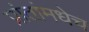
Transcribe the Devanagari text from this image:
प्रांतांमधेच